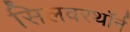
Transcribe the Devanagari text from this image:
सिलवरथॉर्न